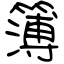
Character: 簿